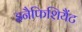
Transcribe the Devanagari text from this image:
इनैफिशियैंट